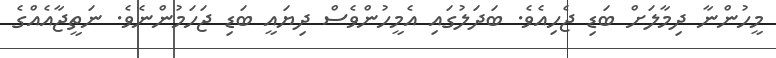
މީހުންނާ ދިމާލަށް ބަޑި ޖެހިއެވެ. ބަދަލުގައި އެމީހުންވެސް ދިޔައީ ބަޑި ޖަހަމުންނެވެ. ނަތީޖާއެއްގެ